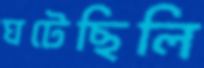
ঘটেছিলি